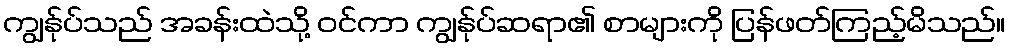
ကျွန်ုပ်သည် အခန်းထဲသို့ ဝင်ကာ ကျွန်ုပ်ဆရာ၏ စာများကို ပြန်ဖတ်ကြည့်မိသည်။